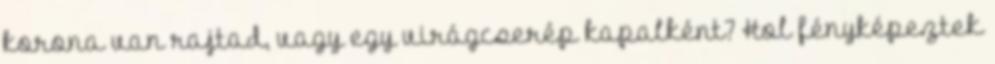
korona van rajtad, vagy egy virágcserép kapalként? Hol fényképeztek